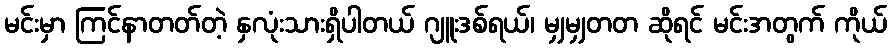
မင်းမှာ ကြင်နာတတ်တဲ့ နှလုံးသားရှိပါတယ် ဂျူးဒစ်ရယ်၊ မျှမျှတတ ဆိုရင် မင်းအတွက် ကိုယ်